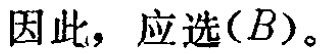
因此，应选\((B)\)。